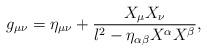
LaTeX: \begin{align*}g_{\mu\nu}= \eta _{\mu\nu} +\frac{X_\mu X_\nu }{l^2-\eta _{\alpha\beta}X^\alpha X^\beta},\end{align*}